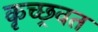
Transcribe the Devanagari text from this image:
कृच्छ्रवत